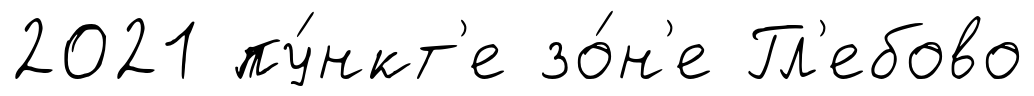
2021 пу́нкт'е зо́н'е Гл'ебово